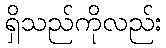
ရှိသည်ကိုလည်း